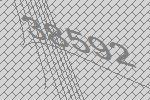
38592